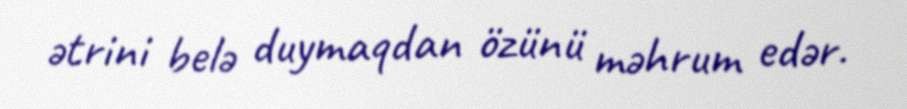
ətrini belə duymaqdan özünü məhrum edər.